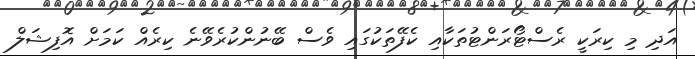
އަދި މި ކިރަކީ ރެސްޓޯރަންޓުތަކާއި ކެފޭތަކުގައި ވެސް ބޭނުންކުރެވޭނެ ކިރެއް ކަމަށް އޮފިޝަލް